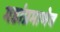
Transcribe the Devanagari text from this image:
गडांप्रमाणेच